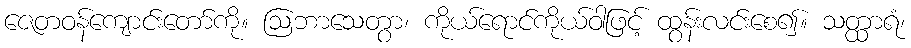
ဇေတဝန်ကျောင်းတော်ကို။ ဩဘာသေတွာ၊ ကိုယ်ရောင်ကိုယ်ဝါဖြင့် ထွန်းလင်းစေ၍။ သတ္ထာရံ၊